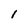
Character: 1